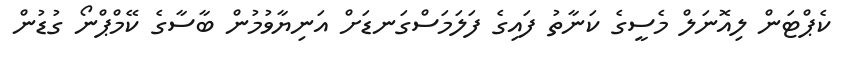
ކެޕްޓަން ލިއޮނަލް މެސީގެ ކަނާތު ފައިގެ ފަލަމަސްގަނޑަށް އަނިޔާވުމުން ބާސާގެ ކޭމްޕްނޯ ގުޑުން